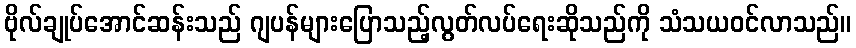
ဗိုလ်ချုပ်အောင်ဆန်းသည် ဂျပန်များပြောသည့်လွတ်လပ်ရေးဆိုသည်ကို သံသယဝင်လာသည်။